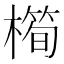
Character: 橁